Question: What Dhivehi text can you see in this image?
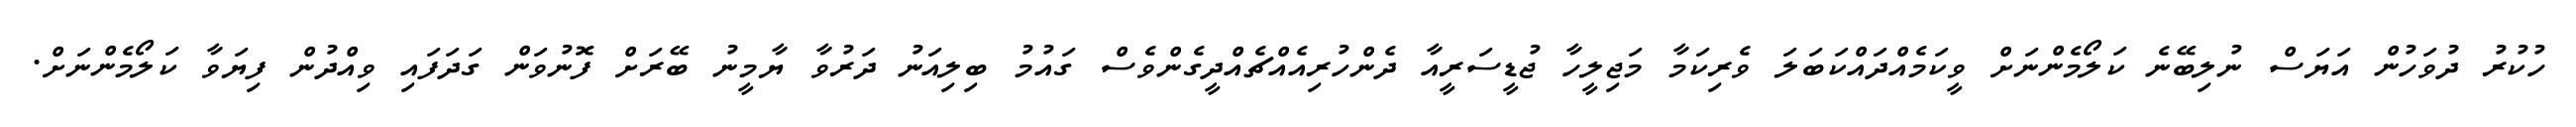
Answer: ހުކުރު ދުވަހުން އަޔަސް ނުލިބޭނެ ކަލޯމެންނަށް ވީކަމެއްދައްކަބަލަ ވެރިކަމާ މަޖިލީހާ ޖުޑީސަރީއާ ދެންހުރިއެއްޗެއްދީގެންވެސް ގައުމު ބިލިއަނު ދަރުވާ ޔާމީނު ބޭރަށް ފޮނުވަން ގަދަފައި ވިއްދުން ފިޔަވާ ކަލޯމެންނަށް.